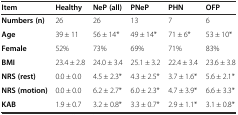
<table><thead><tr><td><b>Item</b></td><td><b>Healthy</b></td><td><b>NeP (all)</b></td><td><b>PNeP</b></td><td><b>PHN</b></td><td><b>OFP</b></td></tr></thead><tbody><tr><td><b>Numbers (n)</b></td><td>26</td><td>26</td><td>13</td><td>7</td><td>6</td></tr><tr><td><b>Age</b></td><td>39 ± 11</td><td>56 ± 14*</td><td>49 ± 14*</td><td>71 ± 6*</td><td>53 ± 10*</td></tr><tr><td><b>Female</b></td><td>52%</td><td>73%</td><td>69%</td><td>71%</td><td>83%</td></tr><tr><td><b>BMI</b></td><td>23.4 ± 2.8</td><td>24.0 ± 3.4</td><td>25.1 ± 3.2</td><td>22.4 ± 3.4</td><td>23.6 ± 3.8</td></tr><tr><td><b>NRS (rest)</b></td><td>0.0 ± 0.0</td><td>4.5 ± 2.3*</td><td>4.3 ± 2.5*</td><td>3.7 ± 1.6*</td><td>5.6 ± 2.1*</td></tr><tr><td><b>NRS (motion)</b></td><td>0.0 ± 0.0</td><td>6.2 ± 2.7*</td><td>6.0 ± 2.3*</td><td>4.7 ± 3.9*</td><td>6.6 ± 3.3*</td></tr><tr><td><b>KAB</b></td><td>1.9 ± 0.7</td><td>3.2 ± 0.8*</td><td>3.3 ± 0.7*</td><td>2.9 ± 1.1*</td><td>3.1 ± 0.8*</td></tr></tbody></table>